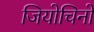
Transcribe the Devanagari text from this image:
जियोचिनो